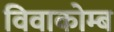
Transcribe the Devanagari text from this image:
विवाकोम्ब